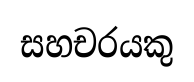
සහචරයකු